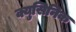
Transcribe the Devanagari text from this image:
क्युसिनिक